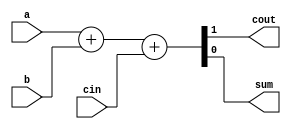
module fadd (
           a,      // I 1 bit : first input
           b,      // I 1 bit : Second input
           cin,    // I 1 bit : Carry input
           cout,   // O 1 bit : carry output
           sum     // O 1 bit : sum output
       );
input a, b, cin;
output cout, sum;

assign {cout, sum} = a + b + cin;   //addition
endmodule